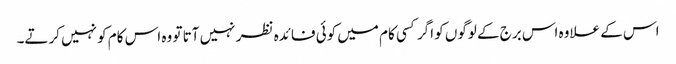
اس کے علاوہ اس برج کے لوگوں کو اگر کسی کام میں کوئی فائدہ نظر نہیں آتا تو وہ اس کام کو نہیں کرتے۔